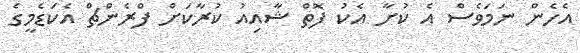
އެހެން ނަމަވެސް އެ ކުށާ އެކު ފޮތް ޝާއިއު ކުރާކަށް ފްރެންޗް އެކަޑެމީގެ